Indian journal of veterinary science and animal husbandry - Volume 13,
Year: 1943
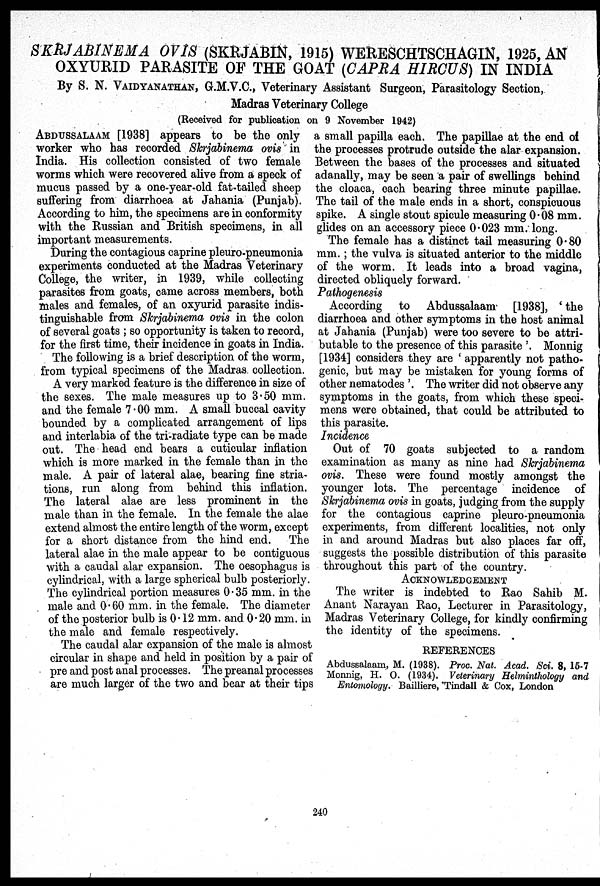
SKRJABINEMA OVIS (SKRJABIN, 1915) WERESCHTSCHAGIN, 1925, AN
OXYURID PARASITE OF THE GOAT (CAPRA HIRCUS) IN INDIA
By S. N. VAIDYANATHAN, G.M.V.C., Veterinary Assistant Surgeon, Parasitology Section,
Madras Veterinary College
(Received for publication on 9 November 1942)
ABDUSSALAAM [1938] appears to be the only
worker who has recorded Skrjabinema ovis in
India. His collection consisted of two female
worms which were recovered alive from a speck of
mucus passed by a one-year-old fat-tailed sheep
suffering from diarrhoea at Jahania (Punjab).
According to him, the specimens are in conformity
with the Russian and British specimens, in all
important measurements.
During the contagious caprine pleuro-pneumonia
experiments conducted at the Madras Veterinary
College, the writer, in 1939, while collecting
parasites from goats, came across members, both
males and females, of an oxyurid parasite indis-
tinguishable from Skrjabinema ovis in the colon
of several goats; so opportunity is taken to record,
for the first time, their incidence in goats in India.
The following is a brief description of the worm,
from typical specimens of the Madras collection.
A very marked feature is the difference in size of
the sexes. The male measures up to 3.50 mm.
and the female 7.00 mm. A small buccal cavity
bounded by a complicated arrangement of lips
and interlabia of the tri-radiate type can be made
out. The head end bears a cuticular inflation
which is more marked in the female than in the
male. A pair of lateral alae, bearing fine stria-
tions, run along from behind this inflation.
The lateral alae are less prominent in the
male than in the female. In the female the alae
extend almost the entire length of the worm, except
for a short distance from the hind end. The
lateral alae in the male appear to be contiguous
with a caudal alar expansion. The oesophagus is
cylindrical, with a large spherical bulb posteriorly.
The cylindrical portion measures 0.35 mm. in the
male and 0.60 mm. in the female. The diameter
of the posterior bulb is 0.12 mm. and 0.20 mm. in
the male and female respectively.
The caudal alar expansion of the male is almost
circular in shape and held in position by a pair of
pre and post anal processes. The preanal processes
are much larger of the two and bear at their tips
a small papilla each. The papillae at the end of
the processes protrude outside the alar expansion.
Between the bases of the processes and situated
adanally, may be seen a pair of swellings behind
the cloaca, each bearing three minute papillae.
The tail of the male ends in a short, conspicuous
spike. A single stout spicule measuring 0.08 mm.
glides on an accessory piece 0.023 mm. long.
The female has a distinct tail measuring 0.80
mm.; the vulva is situated anterior to the middle
of the worm. It leads into a broad vagina,
directed obliquely forward.
Pathogenesis
According to Abdussalaam [1938], 'the
diarrhoea and other symptoms in the host animal
at Jahania (Punjab) were too severe to be attri-
butable to the presence of this parasite'. Monnig
[1934] considers they are 'apparently not patho-
genic, but may be mistaken for young forms of
other nematodes'. The writer did not observe any
symptoms in the goats, from which these speci-
mens were obtained, that could be attributed to
this parasite.
Incidence
Out of 70 goats subjected to a random
examination as many as nine had Skrjabinema
ovis. These were found mostly amongst the
younger lots. The percentage incidence of
Skrjabinema ovis in goats, judging from the supply
for the contagious caprine pleuro-pneumonia
experiments, from different localities, not only
in and around Madras but also places far off,
suggests the possible distribution of this parasite
throughout this part of the country.
ACKNOWLEDGEMENT
The writer is indebted to Rao Sahib M.
Anant Narayan Rao, Lecturer in Parasitology,
Madras Veterinary College, for kindly confirming
the identity of the specimens.
REFERENCES
Abdussalaam, M. (1938). Proc. Nat. Acad. Sci. 8, 15-7
Monnig, H. O. (1934). Veterinary Helminthology and
Entomology. Bailliere, Tindall & Cox, London
240